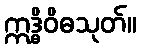
ဣဒ္ဓိဝိဓသုတ်။